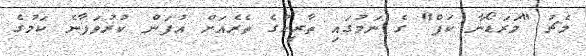
މެޗު "މަރަޑޯނާ ކަޕް" ގެ ނަމުގައި ތާރީހުގެ ތެރެއަށް އުފަން ކުރުވަފާނެ ކަމުގެ